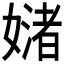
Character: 𪦜